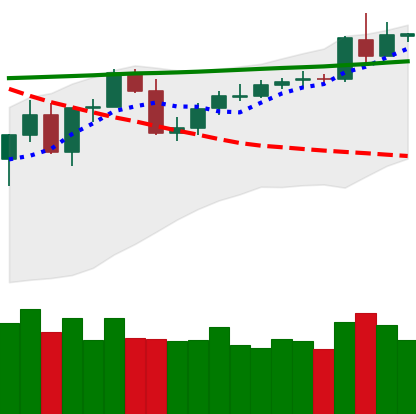
Ticker: BNB-USD
Chart end date: 2020-05-02
Forward return: -3.251%
Label: down_3_5